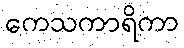
ကေသကာရိကာ